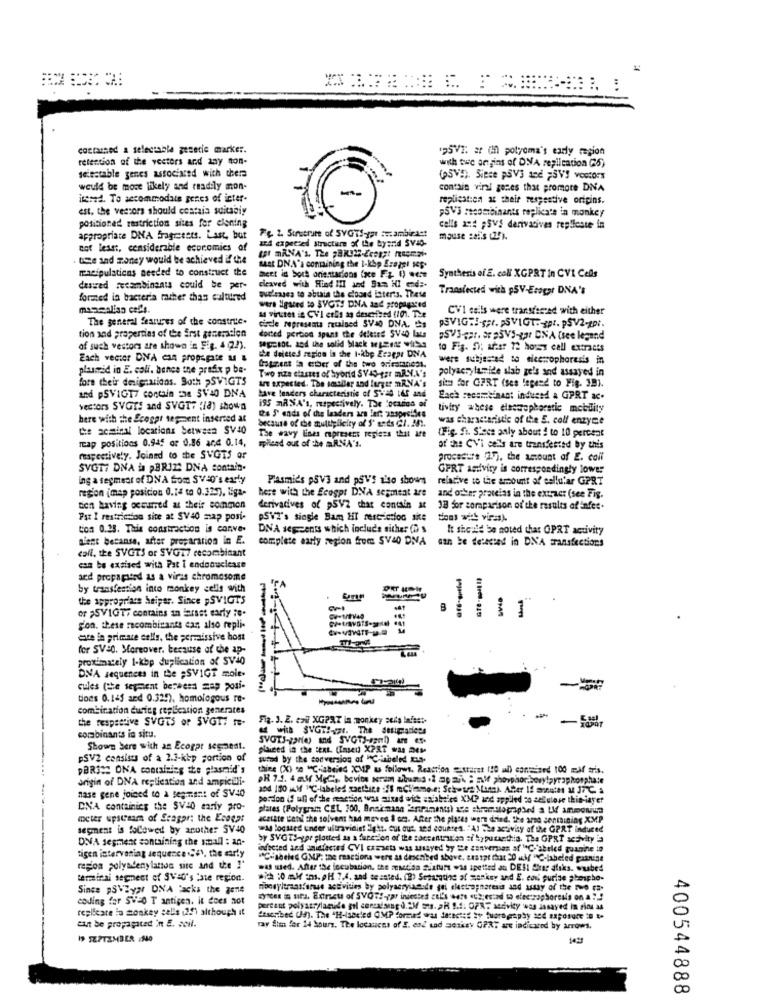
costarned a selectable genetic marker.
195VE. ar in potyoma's early region
retention of the vectors and any non-
with twe angins of DNA replication (5)
selectable genes associared with there
(5VE). Siece PSVS 1e2 FSV'S VOOCOrs
would be more likely and readily mon-
contain viral genes that promote DNA
incred. To accommodate genes of inter-
replication at their respective origins.
est. the vessors should costais suitably
PSV'S recombinants replicate in monkey
positioned restriction sites for elening
calls ant ;SVS derivatives replieste in
appropriate DNA fragreets. Last, but
and expected Structure of the byand SVIQ-
F& 2. Sinscrire of SYGTS-yar :#:ambicast
mouse sei's (29).
not least, considerable economics of
use and money would be achieved & the
manipulations needed to construct the
Mat DNA's containing the I-kbp Eragel sop.
meet id bora orientacions (oce Fy () .ce
Synthesis of E. coN KGPRT in CVI Cells
desired recambinsats could be per-
dieaved with Hind MI and Sam HI end :-
Transiected with p5V-Esogar DNA's
formed in bacteria miher thas cultured
ouclasses to ablais the closed isterts. These
wers ligated to SVOWS DNA and propagated
a virutet is CVI colis as described (10). The
CVI cells were transferred with either
The general features of the construc.
tion and properties of the Erst generation
circle represents ruined SV40 DNA. Cs
dorted portion spans the deletes SVao Late
.5V3-mar. o. pVS par UNA (see legand
of such vestors are shown in Fig. 4 (22).
SeCCBOL, and the solid black wszel! wita
to Fig. 5): artar 12 horas call extracts
Each vector DNA cn propagate & &
she deleted region in the I-abp Eragar DNVA
were subje=ad to electrophoresis in
plasmid in E. coli. bence the prefix p be-
Gagnent ia ember of the two sriramniess.
polyacry lamide slab gels and assayed in
fore their designations. Both >SVIGTS
Two size classes of hybrid SV4-per mR.N.A's
are expected. The smaller and lungtr mR.NA's
sit for GERT (ses legend to Fig. 39).
and pSVIGT7 contain the SV40 DNA
have lenders characteristic of SWE4 l65 and
Each recombinant induced a GPRT ac-
vectors SVGTS and SVGT7 :18) shown
195 mANA's, respectively. The localino of
tivity whese electrophoretic mobility
here with the Ecogar segment inserted at
because of the multiplicity of S'ests Cl. 201.
the S' enda of the leaders are ler: anspecifies
was characteristic of the S. coll enzyme
the seminal locations between SV40
(Fig. fr. Sieca only about # to 10 percent
Tap positions 0.945 or 0.86 and 0.14,
milead out of the mlNA's.
The wavy lines mupresent regions that afe
of the CVi cells are transfested by this
respectively. Joined to the SVGTS or
Procedure 2.7. the amount of E. coli
SVGTT DNA is pBRIZ: DNA contain.
GPRT antiviry is correspondingly lower
ing a segment of DNA Som SVED's early
Plasmids PSV3 and psVS also shows
relative to the amount of cellular GPRT
region (map posicion 0.14 to 0.325), liga-
here with the Ecogpr DNA segment are
and other prameias in the extract (see Fig.
ten having occurred at their common
derivatives of p5V/2 that contain at
18 for comparison of the results of infer.
Fat I restricson site at SV40 map posi-
PSVI's single Bam HI restriction sie
Con 0.25. This constraction is conve.
DNA sescents which include sicher (D s
It should be noted that OPRT activity
alent becanse, arter proparation in E.
complete early region from SV40 DNA can be detected in DNA transfections
call. the SVGTS or SVO17 recombinant
can be exsised with Pat I endoouclease
ard propapited as a viras chromosome
by transfection into monkey cells with
the appropriate heipar. Since »SVIGTS
or >SVIGT; contains an larsst early To.
B
Fon. these recombinants can also repli-
este in primate cells, the permissive host
for SV=0. Moreover, because of the ap-
proximately 1-kbp duplication of SV40
DNA sequences in the =SVIGT mole.
cules (the sepaient berhess map posi-
tions 0.145 and 0.325), homologous re-
---
combination during replication generates
the respective SVGTS or SVGT: me-
Fia. J. 2. 2 XGPAT in monkey seda lafest.
corbinants in situ.
SVOTS-garie) and SVGTJ-sgml) are et.
Shown here with an Ecogat segnest.
placed in the text. (insed XPRT was DES
PSV2 consists of a 2.3-kbp portion of
wured by the conversion of "Cibele Aus-
DBRSME ONA containing the plasmid's
thies (X) ce "C-abeied XMP u followt. Reaction =starat 110 al) conmised 100 maf tris.
origin of DNA replication and ampicili-
PR 7.1. 4 mdr MgC's, bevits wram albums .2 ap aik ; nif phosphor bory!pyraphosphate
a04 180 MM "C-labeled zacthine :IS mClimme e; Schwtre Muss Aber If ansin ua J7℃ a
nase gene joined to à segment of SV40
pordon if ull of the meaction was mixed with aniaheled XM? and appiled co cellulose this-layer
DNA containing the SV10 sariy pro-
plares (Polygram CEL 300, Ansicmana Penramenus) ste shemstopphed a I amnowup
meter upstream of Seagar; the Ecoear
acetate letil the solvent had moves $ om. After the places wern drind. the are sentining XMP
segment is foCowed by another SV40
was located inder ultraviniet Ight. cut out, sed countes. "Al she activity of the GPAT induced
DNA segment containing the small : an-
by SVGTS-gpr plotted as a function of the soccentralen si byputanthia. The GPRT activity is
ondected and aninfected CVI czasets was asayed by the conversas af IC-'abeled guanine in
tigen intervening sequence 26), the early
"C"'sbeled GMP: the reactiona were as described above. aastpr that 20 uhr HC-labeled pasnine
region polyadenylamon site and the !
was used. After the locubation, the meaction siaturs was ipetted an DE !! Sier dfiks. wasbed
terminal segnest of SVA's iste region.
.ich :0 ml ms. pH 7,4, and teasted. (2) Separating af mankey and E. eon guride phospho-
Since pSWZyar DNA Packs the gene
moodyltransforme activities by polyacryiacde gel electrognatesis and assay of the no ca-
coding for SWED T antigen. it does not
nyttes is uits. Eomeu of SVORS-par inieste tl's wers «us;eszadd to electrophoresis on a !!!
replicare io monkey sal's (29) although it
pertant polyacrylaguide gil cereaisist d.AM os. »H 9.5. OPR" sedivity was dasayed in rios as
aut be propagated in E. seil.
Itsorbec (9). The "H-labeled OMP formed was detected by tuorography 304 exposure * **
ray Sim for 24 hours. The locauces of S. esd tad seskey GPRT are indicated by arrows.
19 SEPTEMBER :340
400544888